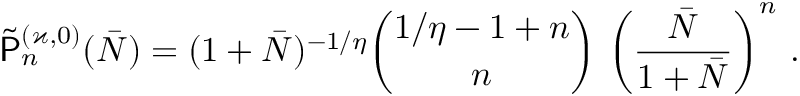
\widetilde { \mathsf { P } } _ { n } ^ { ( \varkappa , 0 ) } ( \bar { N } ) = ( 1 + \bar { N } ) ^ { - 1 / \eta } \binom { 1 / \eta - 1 + n } { n } \, \left( \frac { \bar { N } } { 1 + \bar { N } } \right) ^ { n } \, .